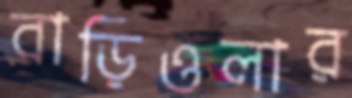
বাড়িওলার